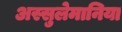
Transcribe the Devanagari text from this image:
अस्सुलेमानिया